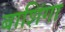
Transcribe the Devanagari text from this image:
बाशिंगा